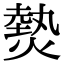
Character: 𤍽